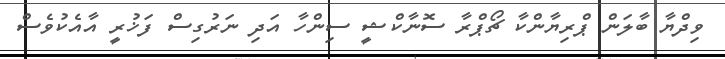
ވިދްޔާ ބާލަން ޕްރިޔާންކާ ޗޯޕްރާ ސޮނާކްޝީ ސިންހާ އަދި ނަރުގިސް ފަޚުރީ އާއެކުވެސް